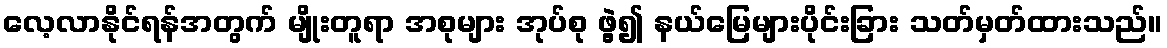
လေ့လာနိုင်ရန်အတွက် မျိုးတူရာ အစုများ အုပ်စု ဖွဲ့၍ နယ်မြေများပိုင်းခြား သတ်မှတ်ထားသည်။